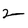
Character: 2